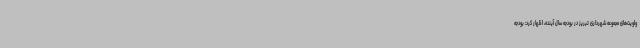
ولویت‌های مجموعه شهرداری تبریز در بودجه سال آینده، اظهار کرد: بودجه